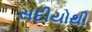
સદીયોથી